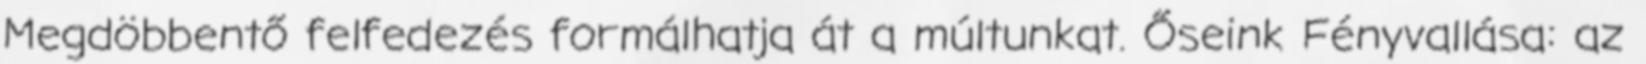
​Megdöbbentő felfedezés formálhatja át a múltunkat. Őseink Fényvallása: az